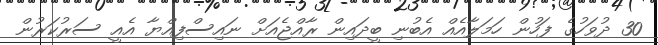
30 ދުވަހުގެ ފަހުން ހަމަލާއެއް އެބުނި ބީދައިން ރާއްޖެއަށް ނައިސްފިއްޔާ އެއީ ސަރުކަރުން